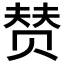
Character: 𰷣